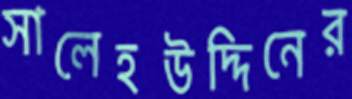
সালেহউদ্দিনের